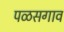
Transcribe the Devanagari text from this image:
पळसगाव